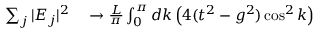
\begin{array} { r l } { \sum _ { j } | E _ { j } | ^ { 2 } } & { { } \to \frac { L } { \pi } \int _ { 0 } ^ { \pi } d k \left( 4 ( t ^ { 2 } - g ^ { 2 } ) \cos ^ { 2 } k \right) } \end{array}